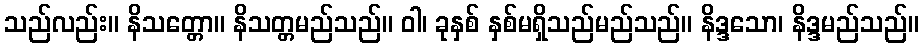
သည်လည်း။ နိသတ္တော။ နိသတ္တမည်သည်။ ဝါ၊ ခုနှစ် နှစ်မရှိသည်မည်သည်။ နိဒ္ဒသော၊ နိဒ္ဒမည်သည်။